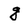
Character: g